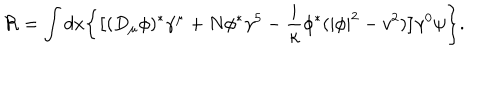
{ \cal R } = \int d x \biggl \{ \bigl [ ( D _ { \mu } \phi ) ^ { * } \gamma ^ { \mu } + N \phi ^ { * } \gamma ^ { 5 } - { \frac { i } { \kappa } } \phi ^ { * } ( | \phi | ^ { 2 } - v ^ { 2 } ) \bigr ] \gamma ^ { 0 } \psi \biggr \} .